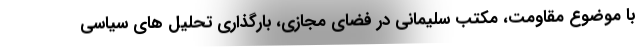
با موضوع مقاومت، مکتب سلیمانی در فضای مجازی، بارگذاری تحلیل های سیاسی